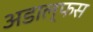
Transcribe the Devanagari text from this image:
अडाल्फस